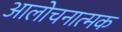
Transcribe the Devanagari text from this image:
आलोचनात्‍मक